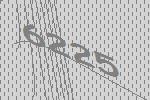
6225